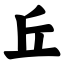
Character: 丘